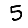
Digit: 5